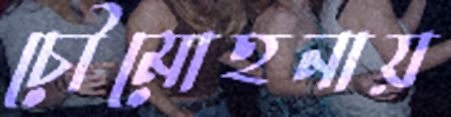
চৌমোহনায়